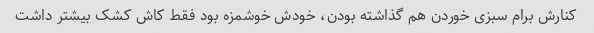
کنارش برام سبزی خوردن هم گذاشته بودن، خودش خوشمزه بود فقط کاش کشک بیشتر داشت